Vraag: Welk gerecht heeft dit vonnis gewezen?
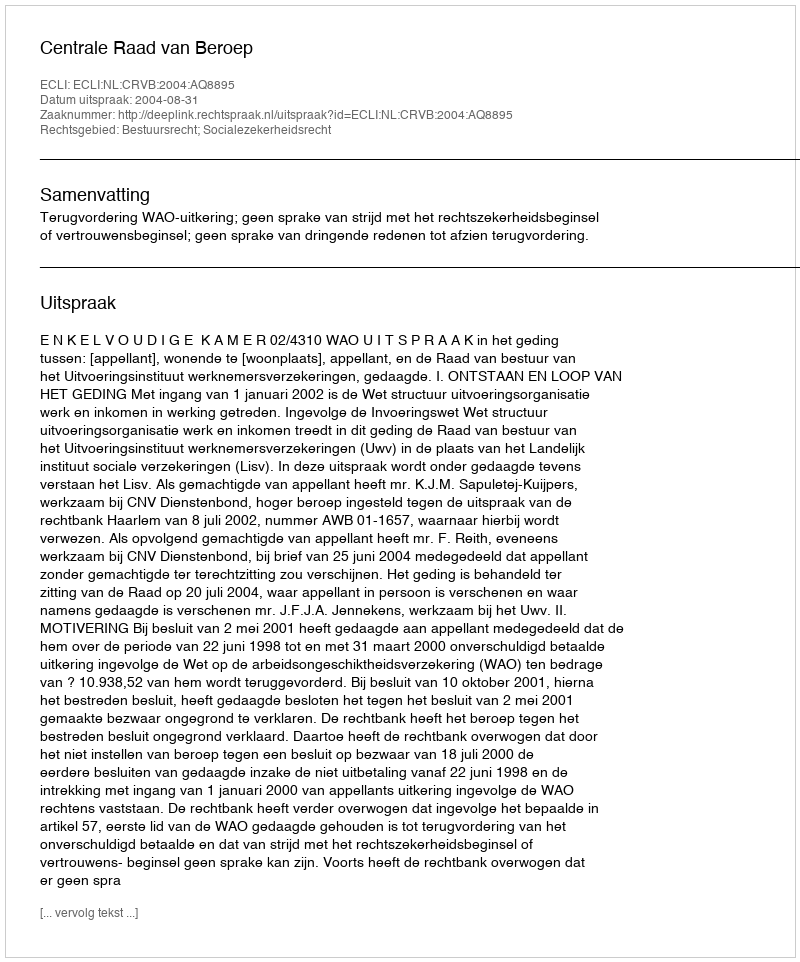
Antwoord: Centrale Raad van Beroep